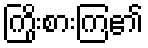
ကြိုးစားကြ၏